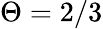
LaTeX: \Theta=2/3